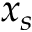
x _ { s }